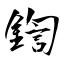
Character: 鍧